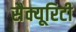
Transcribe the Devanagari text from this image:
सैक्यूरिटी